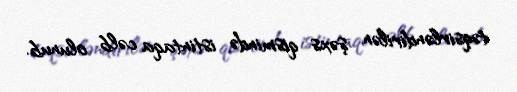
təqsirləndirilən şəxs qismində istintaqa cəlb olunub.